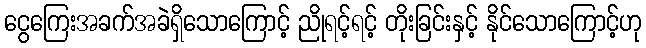
ငွေကြေးအခက်အခဲရှိသောကြောင့် ညိုရင့်ရင့် တိုးခြင်းနှင့် နိုင်သောကြောင့်ဟု